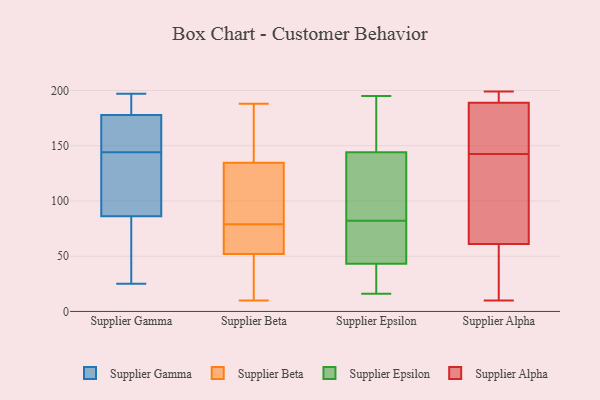
{"axis": {"x": "Conversion Rate (%)", "y": "Value"}, "legend": ["Supplier Alpha", "Supplier Beta", "Supplier Epsilon", "Supplier Gamma"], "data": [{"x": "", "y": 75, "type": "Supplier Gamma"}, {"x": "", "y": 126, "type": "Supplier Gamma"}, {"x": "", "y": 25, "type": "Supplier Gamma"}, {"x": "", "y": 94, "type": "Supplier Gamma"}, {"x": "", "y": 183, "type": "Supplier Gamma"}, {"x": "", "y": 167, "type": "Supplier Gamma"}, {"x": "", "y": 177, "type": "Supplier Gamma"}, {"x": "", "y": 165, "type": "Supplier Gamma"}, {"x": "", "y": 90, "type": "Supplier Gamma"}, {"x": "", "y": 180, "type": "Supplier Gamma"}, {"x": "", "y": 144, "type": "Supplier Gamma"}, {"x": "", "y": 52, "type": "Supplier Gamma"}, {"x": "", "y": 197, "type": "Supplier Gamma"}, {"x": "", "y": 154, "type": "Supplier Beta"}, {"x": "", "y": 135, "type": "Supplier Beta"}, {"x": "", "y": 157, "type": "Supplier Beta"}, {"x": "", "y": 10, "type": "Supplier Beta"}, {"x": "", "y": 121, "type": "Supplier Beta"}, {"x": "", "y": 47, "type": "Supplier Beta"}, {"x": "", "y": 60, "type": "Supplier Beta"}, {"x": "", "y": 48, "type": "Supplier Beta"}, {"x": "", "y": 134, "type": "Supplier Beta"}, {"x": "", "y": 56, "type": "Supplier Beta"}, {"x": "", "y": 66, "type": "Supplier Beta"}, {"x": "", "y": 92, "type": "Supplier Beta"}, {"x": "", "y": 65, "type": "Supplier Beta"}, {"x": "", "y": 110, "type": "Supplier Beta"}, {"x": "", "y": 188, "type": "Supplier Beta"}, {"x": "", "y": 20, "type": "Supplier Beta"}, {"x": "", "y": 117, "type": "Supplier Epsilon"}, {"x": "", "y": 195, "type": "Supplier Epsilon"}, {"x": "", "y": 82, "type": "Supplier Epsilon"}, {"x": "", "y": 153, "type": "Supplier Epsilon"}, {"x": "", "y": 42, "type": "Supplier Epsilon"}, {"x": "", "y": 25, "type": "Supplier Epsilon"}, {"x": "", "y": 47, "type": "Supplier Epsilon"}, {"x": "", "y": 16, "type": "Supplier Epsilon"}, {"x": "", "y": 83, "type": "Supplier Epsilon"}, {"x": "", "y": 48, "type": "Supplier Epsilon"}, {"x": "", "y": 193, "type": "Supplier Epsilon"}, {"x": "", "y": 194, "type": "Supplier Alpha"}, {"x": "", "y": 189, "type": "Supplier Alpha"}, {"x": "", "y": 199, "type": "Supplier Alpha"}, {"x": "", "y": 131, "type": "Supplier Alpha"}, {"x": "", "y": 10, "type": "Supplier Alpha"}, {"x": "", "y": 61, "type": "Supplier Alpha"}, {"x": "", "y": 168, "type": "Supplier Alpha"}, {"x": "", "y": 54, "type": "Supplier Alpha"}, {"x": "", "y": 92, "type": "Supplier Alpha"}, {"x": "", "y": 124, "type": "Supplier Alpha"}, {"x": "", "y": 168, "type": "Supplier Alpha"}, {"x": "", "y": 189, "type": "Supplier Alpha"}, {"x": "", "y": 17, "type": "Supplier Alpha"}, {"x": "", "y": 154, "type": "Supplier Alpha"}]}